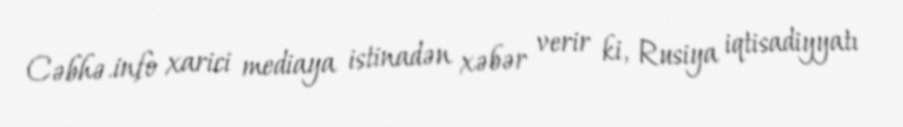
Cəbhə.info xarici mediaya istinadən xəbər verir ki, Rusiya iqtisadiyyatı